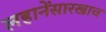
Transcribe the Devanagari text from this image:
लहानेंसारखाच